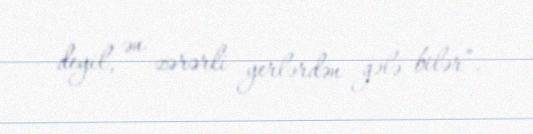
deyil, ən zərərli yerlərdən gələ bilər”.